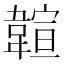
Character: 𩏆